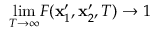
\underset { T \to \infty } { \mathrm { l i m } } F ( \mathbf { x } _ { 1 } ^ { \prime } , \mathbf { x } _ { 2 } ^ { \prime } , T ) \to 1